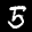
Label: 5